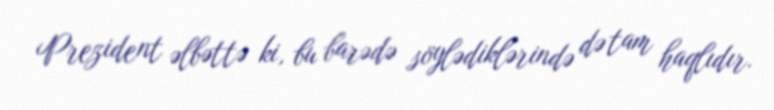
Prezident əlbəttə ki, bu barədə söylədiklərində də tam haqlıdır.